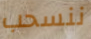
ننسحب